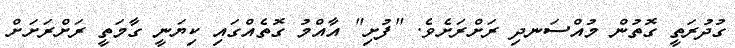
ގުދުރަތީ ގޮތުން މުއްސަނދި ރަށްރަށެވެ. "ފުށި" އާއްމު ގޮތެއްގައި ކިޔަނީ ގާމަތީ ރަށްރަށަށް